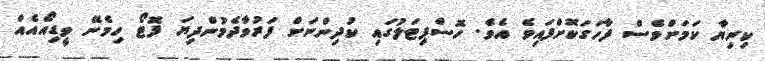
ކިރިޔާ ކަމަށްވެސް ފާހަގަކޮށްފައިވެ އެވެ. ހޮސްޕިޓަލުގައި ކުދިންނަށް ފަރުވާދެމުންދިޔަ ފޮޓޯ ހިމެނޭ ވީޑިއޯއެއް